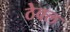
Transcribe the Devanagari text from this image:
ठेवल